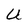
Character: U